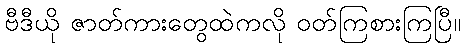
ဗီဒီယို ဇာတ်ကားတွေထဲကလို ဝတ်ကြစားကြပြီ။